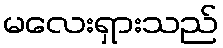
မလေးရှားသည်